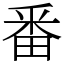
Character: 番